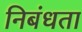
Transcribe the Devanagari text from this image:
निबंधता